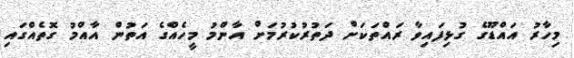
މިހާރު އައްޑޫގެ ގުޅިފައިވާ ރައްތަކަށް ދަތުރުކުރުމަށް އާންމު މީހެއްގެ އަތުން އާއްމު ގޮތެއްގައި